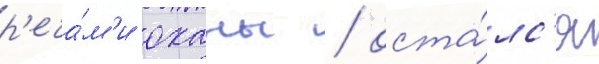
р'еча́м'и оханы / оста́лс'я